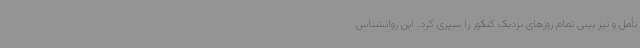
تأمل و تیز بینی تمام روزهای نزدیک کنکور را سپری کرد. این روانشناس